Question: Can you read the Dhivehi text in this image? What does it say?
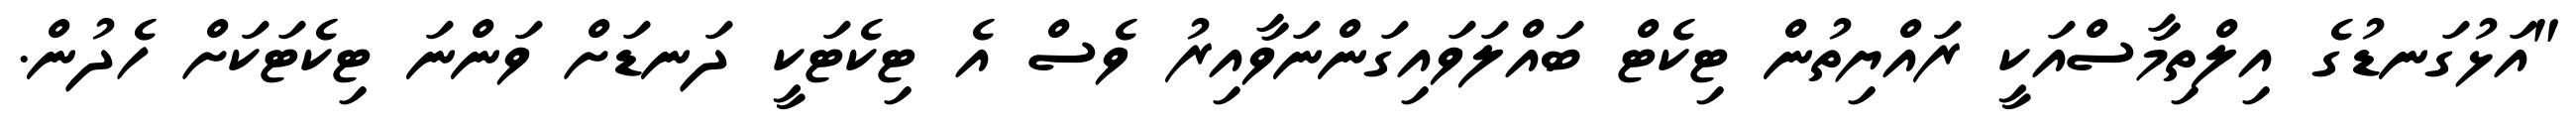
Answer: "އަޅުގަނޑުގެ އިލްތިމާސްއަކީ ރައްޔިތުން ޓިކެޓް ބައްލަވައިގަންނަވާއިރު ވެސް އެ ޓިކެޓަކީ ދަނޑަށް ވަންނަ ޓިކެޓަކަށް ހެދުން.